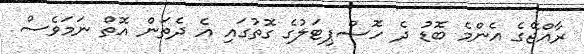
ރާއްޖޭގެ އެންމެ ބޮޑު ދެ ހޮސްޕިޓަލުގެ ގޮތުގައި އެ ދެތަން އޮތް ނަމަވެސް